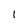
Character: 1